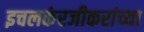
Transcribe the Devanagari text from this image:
इचलकंरजीकरांच्या